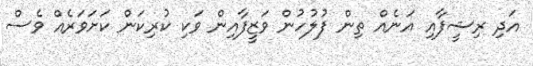
އަދި ރިޝީފާއި އަނެއް ތިން ފުލުހުން ވަޒީފާއިން ވަކި ކުރިކަން ކަށަވަރެއް ވެސް